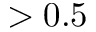
> 0 . 5